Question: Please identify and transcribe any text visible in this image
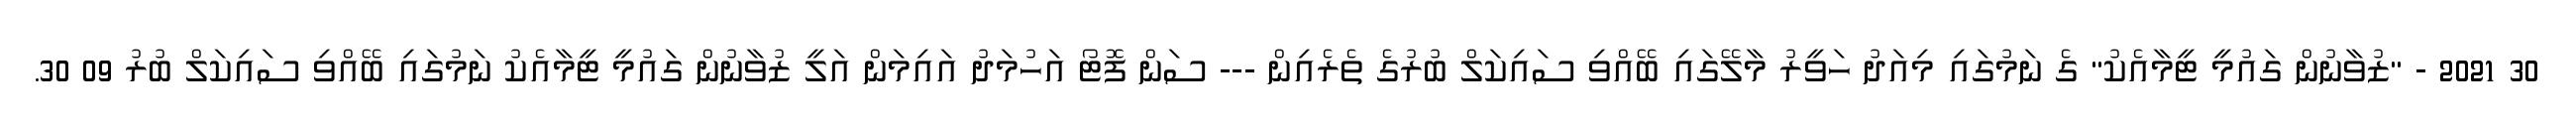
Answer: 30 2021 - "ޒުވާނުން ގައުމީ ޓީމާއެކު" ގެ ނަމުގައި މިއަދު ހަވީރު މާލޭގައި ބޭއްވި ސައިކަލް ބުރުގެ ތެރެއިން --- ސަން ފޮޓޯ އަހުމަދު އައިމަން އަލީ ޒުވާނުން ގައުމީ ޓީމާއެކު ނަމުގައި ބޭއްވި ސައިކަލް ބުރު 09 30.